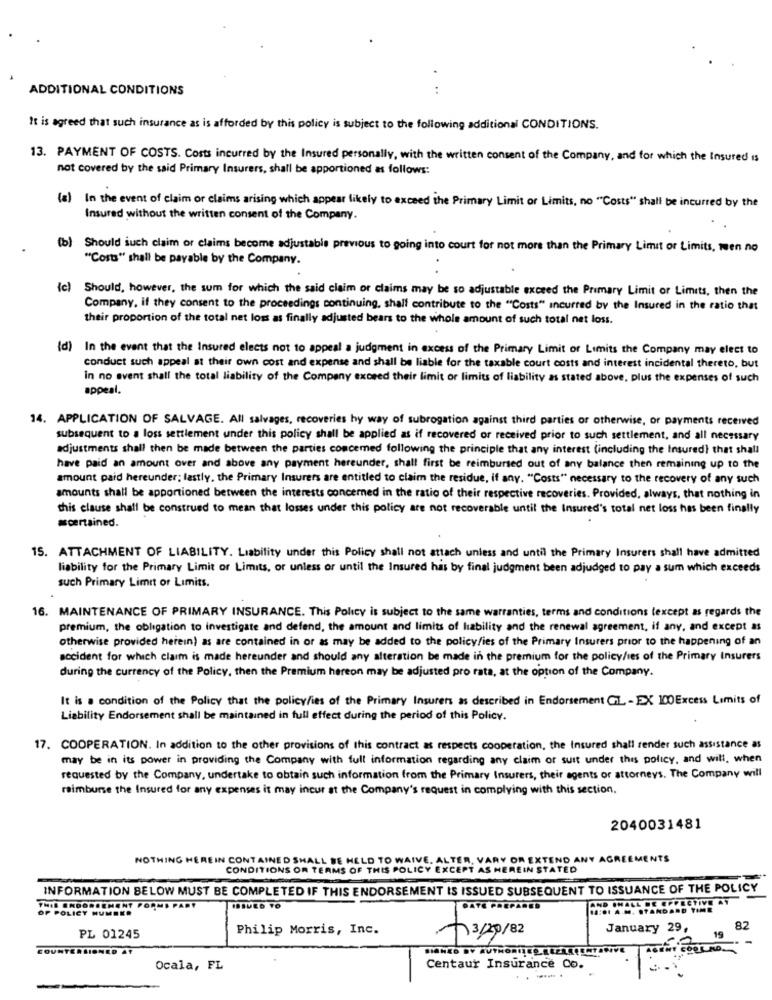
ADDITIONAL CONDITIONS
..
It is agreed that such insurance as is afforded by this policy is subject to the following additional CONDITIONS.
13. PAYMENT OF COSTS. Costs incurred by the Insured personally, with the written consent of the Company, and for which the Insured is
not covered by the said Primary Insurers, shall be apportioned as follows:
(a) In the event of claim or claims arising which appear likely to exceed the Primary Limit or Limits, no "Costs" shall be incurred by the
Insured without the written consent of the Company.
(b) Should such claim or claims become adjustable previous to going into court for not more than the Primary Limit or Limits, men no
"Costs" shall be payable by the Company.
(c) Should, however, the sum for which the said claim or claims may be so adjustable exceed the Primary Limit or Limits, then the
Company, if they consent to the proceedings continuing, shall contribute to the "Costs" incurred by the Insured in the ratio that
their proportion of the total net loss as finally adjusted bears to the whole amount of such total net loss.
{d) In the event that the Insured elects not to appeal a judgment in excess of the Primary Limit or Limits the Company may elect to
conduct such appeal at their own cost and expense and shall be liable for the taxable court costs and interest incidental thereto, but
In no event shall the total liability of the Company exceed their limit or limits of liability as stated above, plus the expenses of such
appeal.
14. APPLICATION OF SALVAGE. All salvages, recoveries hy way of subrogation against third parties or otherwise, or payments received
subsequent to a loss settlement under this policy shall be applied as if recovered or received prior to such settlement, and all necessary
adjustments shall then be made between the parties concemed following the principle that any interest (including the Insured} that shall
have paid an amount over and above any payment hereunder, shall first be reimbursed out of any balance then remaining up to the
amount paid hereunder; lastly, the Primary Insurers are entitled to claim the residue, if any. "Costs" necessary to the recovery of any such
amounts shall be apportioned between the interests concerned in the ratio of their respective recoveries. Provided, always, that nothing in
this clause shall be construed to mean that losses under this policy are not recoverable until the Insured's total net loss has been finally
acertained.
15. ATTACHMENT OF LIABILITY. Liability under this Policy shall not attach unless and until the Primary Insurers shall have admitted
liability for the Primary Limit or Limits, or unless or until the Insured has by final judgment been adjudged to pay a sum which exceeds
such Primary Limit or Limits.
16. MAINTENANCE OF PRIMARY INSURANCE. This Policy is subject to the same warranties, terms and conditions (except as regards the
premium, the obligation to investigate and defend, the amount and limits of liability and the renewal agreement, if any, and except as
otherwise provided herein) as are contained in or as may be added to the policy/ies of the Primary Insurers prior to the happening of an
accident for which claim is made hereunder and should any alteration be made in the premium for the policy/ies of the Primary Insurers
during the currency of the Policy, then the Premium hereon may be adjusted pro rata, at the option of the Company.
It is a condition of the Policy that the policy/ies of the Primary Insurers as described in Endorsement GL - EX 100Excess Limits of
Liability Endorsement shall be maintained in full effect during the period of this Policy.
17. COOPERATION. In addition to the other provisions of this contract as respects cooperation, the Insured shall render such assistance as
may be in its power in providing the Company with full information regarding any claim or suit under this policy, and will, when
requested by the Company, undertake to obtain such information from the Primary Insurers, their agents or attorneys. The Company will
reimburse the Insured for any expenses it may incur at the Company's request in complying with this section.
2040031481
NOTHING HEREIN CONTAINED SHALL BE HELD TO WAIVE. ALTER, VARY OR EXTEND ANY AGREEMENTS
CONDITIONS OR TERMS OF THIS POLICY EXCEPT AS HEREIN STATED
INFORMATION BELOW MUST BE COMPLETED IF THIS ENDORSEMENT IS ISSUED SUBSEQUENT TO ISSUANCE OF THE POLICY
PECTIVE AT
OF POLICY HUMEKA
HAB ENDORSEMENT FORMS
IBIVED TO
PATE PREPARED
AND ONA
D TIME
Philip Morris, Inc.
January 29,
82
PL 01245
-130/02
19
COUNTERSIONED AT
BANCO BY AUTHORTICO ELES TRENTAGIVE
Ocala, FL
Centaur Insurance Co.
-